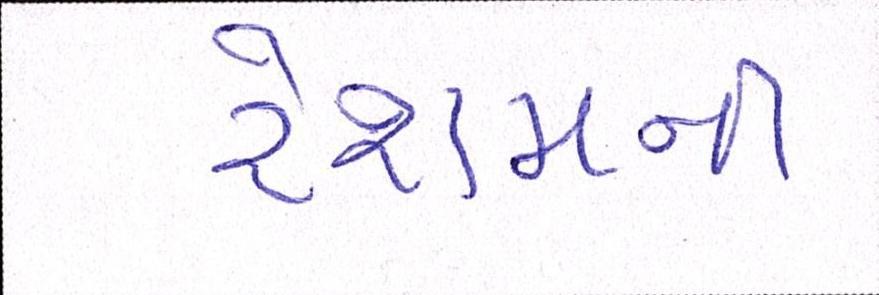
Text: રેશમની